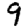
Digit: 9